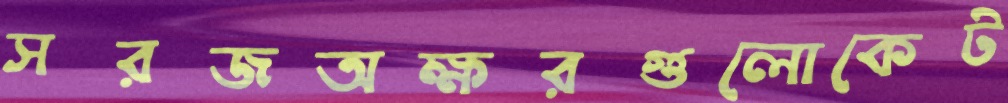
সরজঅক্ষরগুলোকেট